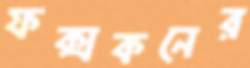
ফক্সকনের